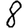
Digit: 8